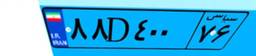
۸۸D۴۰۰۷۶